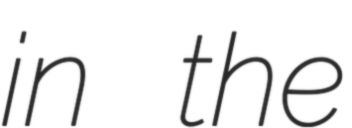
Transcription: in the